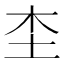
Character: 𡉣